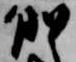
俄